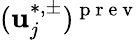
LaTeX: (\mathbf{u}_{j}^{\ast,\pm})^{\mathrm{{~p~r~e~v~}}}